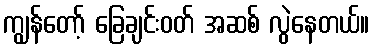
ကျွန်တော့် ခြေချင်းဝတ် အဆစ် လွဲနေတယ်။